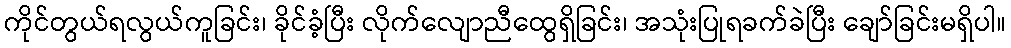
ကိုင်တွယ်ရလွယ်ကူခြင်း၊ ခိုင်ခံ့ပြီး လိုက်လျောညီထွေရှိခြင်း၊ အသုံးပြုရခက်ခဲပြီး ချော်ခြင်းမရှိပါ။